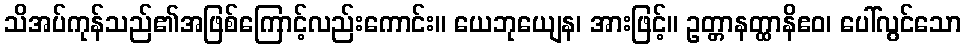
သိအပ်ကုန်သည်၏အဖြစ်ကြောင့်လည်းကောင်း။ ယေဘုယျေန၊ အားဖြင့်။ ဥတ္တာနတ္ထာနိဧဝ၊ ပေါ်လွင်သော